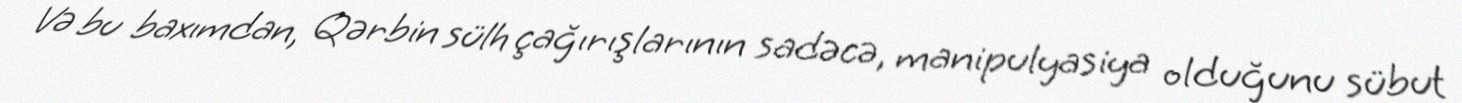
Və bu baxımdan, Qərbin sülh çağırışlarının sadəcə, manipulyasiya olduğunu sübut